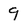
Character: 9